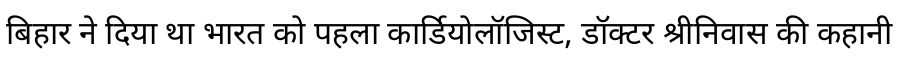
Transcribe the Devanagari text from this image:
बिहार ने दिया था भारत को पहला कार्डियोलॉजिस्ट, डॉक्टर श्रीनिवास की कहानी